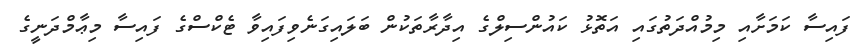
ފައިސާ ކަމަށާއި މިމުއްދަތުގައި އަތޮޅު ކައުންސިލްގެ އިދާރާތަކުން ބަލައިގަނެވިފައިވާ ޓެކްސްގެ ފައިސާ މިޢާމްދަނީގެ